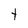
Character: t